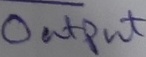
Text: Output